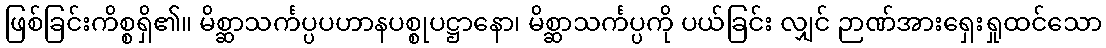
ဖြစ်ခြင်းကိစ္စရှိ၏။ မိစ္ဆာသင်္ကပ္ပပဟာနပစ္စုပဋ္ဌာနော၊ မိစ္ဆာသင်္ကပ္ပကို ပယ်ခြင်း လျှင် ဉာဏ်အားရှေးရှုထင်သော